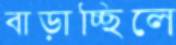
বাড়াচ্ছিলে